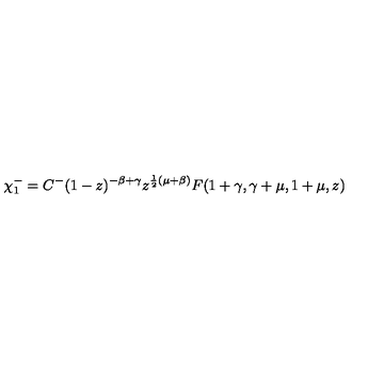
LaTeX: \chi _ { 1 } ^ { - } = C ^ { - } ( 1 - z ) ^ { - \beta + \gamma } z ^ { \frac { 1 } { 2 } ( \mu + \beta ) } F ( 1 + \gamma , \gamma + \mu , 1 + \mu , z )